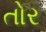
તોર